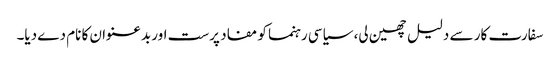
سفارت کار سے دلیل چھین لی، سیاسی رہنما کو مفاد پرست اور بدعنوان کا نام دے دیا۔